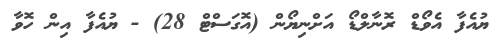
ޔުއެފާ އެވޯޑް ރޮނާލްޑޯ އަށްނިޔޯން (އޮގަސްޓް 28) - ޔުއެފާ އިން ހޮވާ